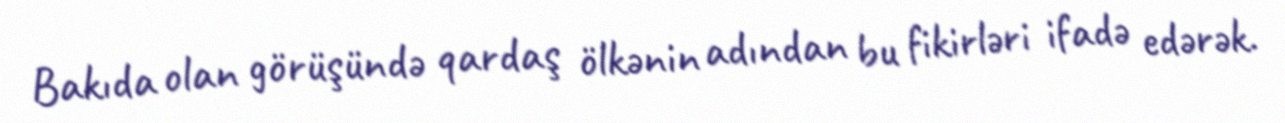
Bakıda olan görüşündə qardaş ölkənin adından bu fikirləri ifadə edərək.